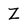
Character: Z